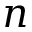
\boldsymbol { n }